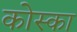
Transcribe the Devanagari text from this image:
कोस्का